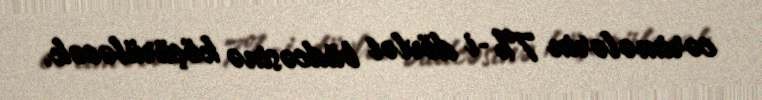
cərimələrin 7%-i dövlət büdcəsinə köçürüləcək.